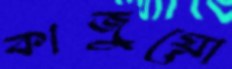
কাজুয়ো